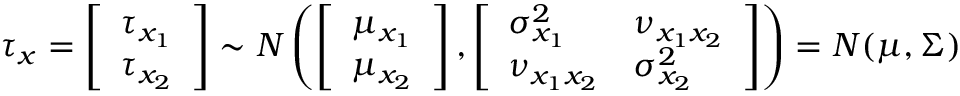
\tau _ { x } = \left[ \begin{array} { l } { \tau _ { x _ { 1 } } } \\ { \tau _ { x _ { 2 } } } \end{array} \right] \sim N \left( \left[ \begin{array} { l } { \mu _ { x _ { 1 } } } \\ { \mu _ { x _ { 2 } } } \end{array} \right] , \left[ \begin{array} { l l } { \sigma _ { x _ { 1 } } ^ { 2 } } & { \nu _ { x _ { 1 } x _ { 2 } } } \\ { \nu _ { x _ { 1 } x _ { 2 } } } & { \sigma _ { x _ { 2 } } ^ { 2 } } \end{array} \right] \right) = N ( \mu , \Sigma )